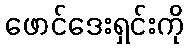
ဖောင်ဒေးရှင်းကို